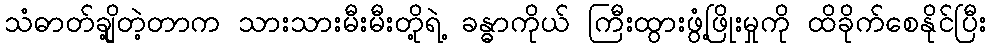
သံဓာတ်ချို့တဲ့တာက သားသားမီးမီးတို့ရဲ့ ခန္ဓာကိုယ် ကြီးထွားဖွံ့ဖြိုးမှုကို ထိခိုက်စေနိုင်ပြီး